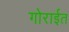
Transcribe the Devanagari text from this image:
गोराईत